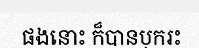
ផងនោះ ក៏បានបុករះ